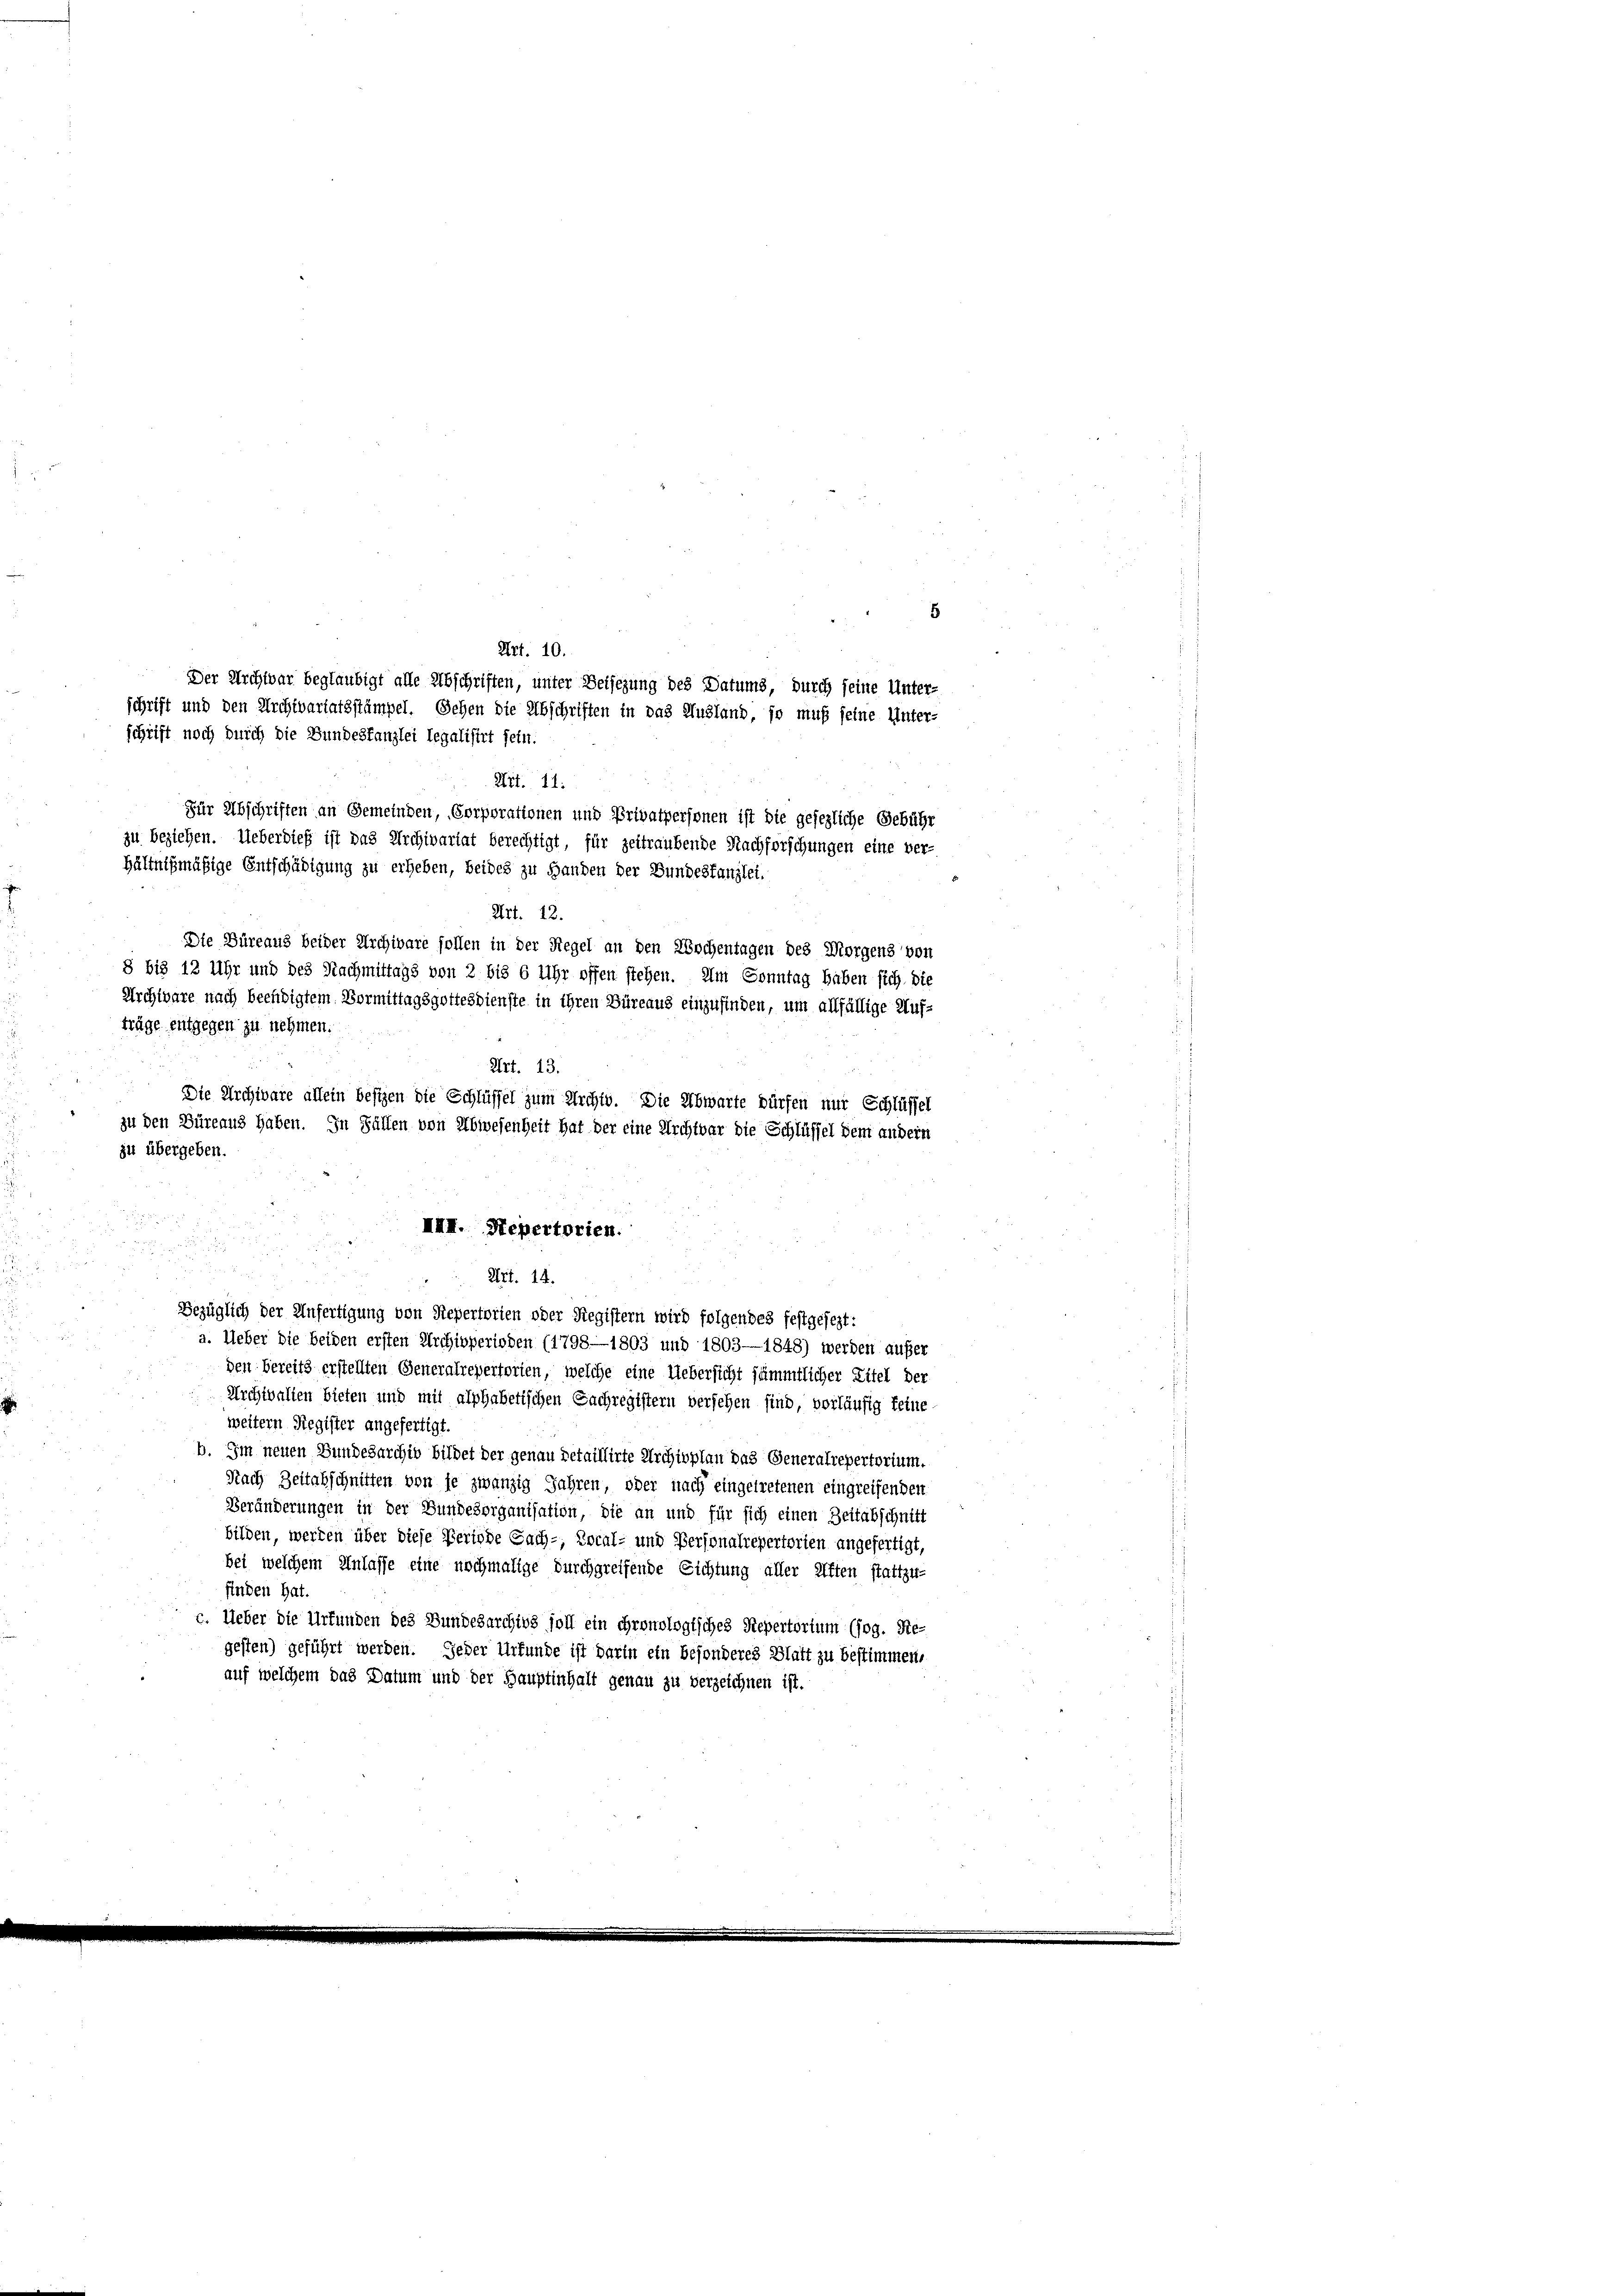
Die Büreaus beider Archivare sollen in der Regel an den Wochentagen des Morgens von
8 bis 12 Uhr und des Nachmittags von 2 bis 6 Uhr offen stehen. Im Sonntag haben sich. Die
Archivare nach beendigtem Vormittagsgottesdienste in ihren Büreaus einzufinden, um allfällige Auf-
Art. 13.
Die Archivare allein besizen die Schlüssel zum Archte. Die Abwarte dürfen nur Schlüssel
zu den Büreaus haben. In Fällen von Abwesenheit hat der eine Kirchtbar die Schlüssel dem andern

III. Sepertorien.

Art. 14.
Bezüglich der Anfertigung von Repertorien oder Registern wird folgendes festgesezt:
a. Ueber die beiden ersten Archivperioden (1798—1803 und 1803—1848) werden außer
den bereits erstellten Generalrepertorien, welche eine Uebersicht sämmtlicher Zitel der
Archivalten bieten und mit alphabetischen Sachregistern versehen sind, vorläufig feine-
weitern Register angefertigt.
b. Im neuen Bundesarchiv bildet der genau detaillirte Archivplan das Generalrepertorium.
Nach Zeitabschnitten von je zwanzig Jahren, oder nach eingetretenen eingreifenden
Veränderungen in der Bundesorganisation, die an und für sich einen Zeitabschnitt
bilden, werden über diese Periode Sach-, Local- und Personalrepertorien angefertigt,
bei welchem Anlasse eine nochmalige durchgreifende Richtung aller Aften stattzu-
finden hat.
c. Ueber die Urfunden des Bundesarchivs soll ein chronologisches Repertorium (sog. Re-
gesten) geführt werden. Jeder Urkunde ist darin ein besonderes Blatt zu bestimmen,
auf welchem das Datum und der Hauptinhalt genau zu verzeichnen ist.

schrift noch durch die Bundeskanzlei legalisirt sein.

Art. 11.
Für Abschriften an Gemeinden, Corporationen und Privatpersonen ist die gesezliche Gebühr
zu beziehen. Ueberdieß ist das Archivariat berechtigt, für zeitraubende Nachforschungen eine ver-
hältnißmäßige Entschädigung zu erheben, beides zu Handen der Bundeskanzlei.
Art. 12.

träge entgegen zu nehmen.
zu übergeben.

5
Art. 10.
Der Archivar beglaubigt alle Abschriften, unter Beisezung des Datums, durch seine Unter-
schrift und den Archivariatsstümpel. Sehen die Abschriften in das Ausland, so muß seine Unter-